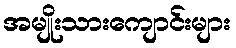
အမျိုးသားကျောင်းများ